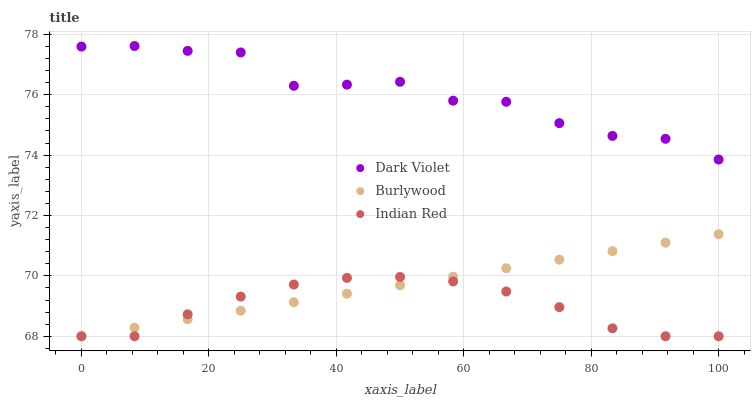
| xaxis_label | Dark Violet | Burlywood | Indian Red |
 | --- | --- | --- | --- |
 | 0 | 77.6 | 68 | 68 |
 | 8.33 | 77.6 | 68.3 | 68 |
 | 16.7 | 77.5 | 68.6 | 68.7 |
 | 25 | 77.4 | 68.8 | 69.3 |
 | 33.3 | 76.3 | 69.1 | 69.7 |
 | 41.7 | 76.3 | 69.4 | 69.9 |
 | 50 | 76.4 | 69.7 | 70 |
 | 58.3 | 75.8 | 70 | 69.8 |
 | 66.7 | 75.8 | 70.3 | 69.5 |
 | 75 | 75.1 | 70.5 | 69 |
 | 83.3 | 74.6 | 70.8 | 68.3 |
 | 91.7 | 74.5 | 71.1 | 68 |
 | 100 | 73.9 | 71.4 | 68 |